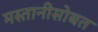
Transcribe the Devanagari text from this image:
मस्तानीसोबत